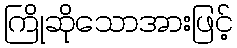
ကြိုဆိုသောအားဖြင့်